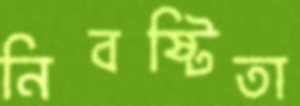
নিবষ্টিতা